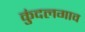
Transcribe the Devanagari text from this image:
कुंदलगाव